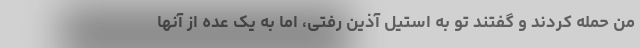
من حمله کردند و گفتند تو به استیل آذین رفتی، اما به یک عده از آنها